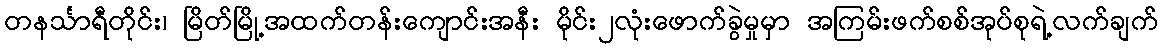
တနင်္သာရီတိုင်း၊ မြိတ်မြို့အထက်တန်းကျောင်းအနီး မိုင်း၂လုံးဖောက်ခွဲမှုမှာ အကြမ်းဖက်စစ်အုပ်စုရဲ့လက်ချက်